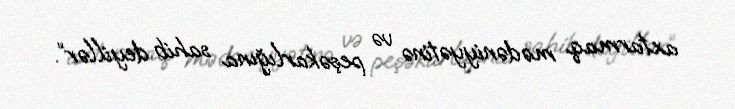
axtarmaq mədəniyyətinə və peşəkarlığına sahib deyillər”.